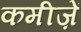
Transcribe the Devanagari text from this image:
कमीज़ें